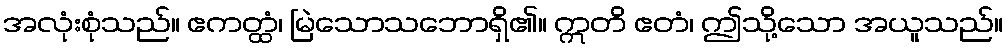
အလုံးစုံသည်။ ဧကတ္ထံ၊ မြဲသောသဘောရှိ၏။ ဣတိ ဧတံ၊ ဤသို့သော အယူသည်။